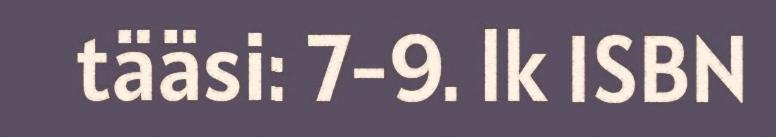
tääsi: 7-9. lk ISBN